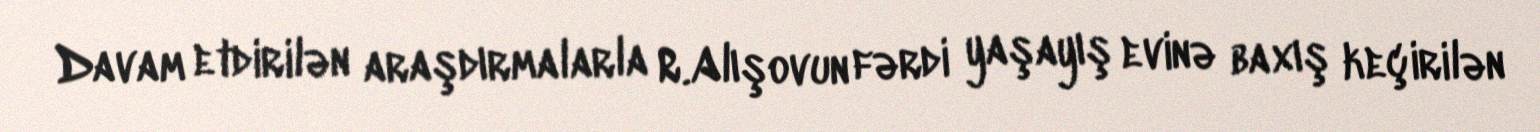
Davam etdirilən araşdırmalarla R.Alışovun fərdi yaşayış evinə baxış keçirilən